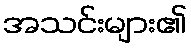
အသင်းများ၏